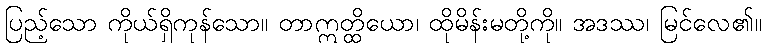
ပြည့်သော ကိုယ်ရှိကုန်သော။ တာဣတ္ထိယော၊ ထိုမိန်းမတို့ကို။ အဒဿ၊ မြင်လေ၏။